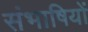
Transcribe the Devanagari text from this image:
संभाषियों